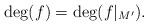
LaTeX: \begin{align*} \deg(f) = \deg(f|_{M'}). \end{align*}